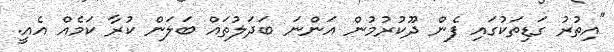
"އިތުރު ގަޑިތަކުގައި ފެން ދޫކުރުމުން އަންނަ ބަދަލުތައް ބަލަން ކުރާ ކަމެއް އެއީ.